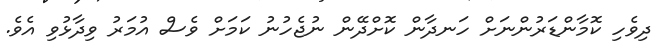
ދިވެހި ކޮމާންޑަރުންނަށް ހަނދާން ކޮށްދޭން ނުޖެހުނު ކަމަށް ވެސް އުމަރު ވިދާޅުވި އެވެ.